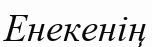
Енекенің